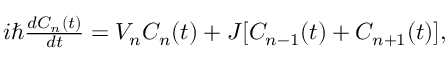
\begin{array} { r } { i \hbar \frac { d C _ { n } ( t ) } { d t } = V _ { n } C _ { n } ( t ) + J [ C _ { n - 1 } ( t ) + C _ { n + 1 } ( t ) ] , } \end{array}